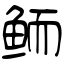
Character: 鲕